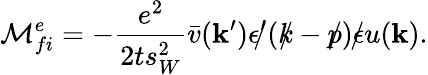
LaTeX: {\cal M}_{fi}^{e}=-\frac{e^{2}}{2ts_{W}^{2}}\bar{v}({\mathbf k}^{\prime})\epsilon^{\prime}\! \! \! /(k\! \! \! /-p\! \! \! /)\epsilon\! \! \! /u({\mathbf k}).